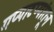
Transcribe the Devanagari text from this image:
गप्पाटप्पांतून